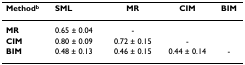
<table><thead><tr><td><b>Method<sup>b</sup></b></td><td><b>SML</b></td><td><b>MR</b></td><td><b>CIM</b></td><td><b>BIM</b></td></tr></thead><tbody><tr><td><b>MR</b></td><td>0.65 ± 0.04</td><td>-</td><td></td><td></td></tr><tr><td><b>CIM</b></td><td>0.80 ± 0.09</td><td>0.72 ± 0.15</td><td>-</td><td></td></tr><tr><td><b>BIM</b></td><td>0.48 ± 0.13</td><td>0.46 ± 0.15</td><td>0.44 ± 0.14</td><td>-</td></tr></tbody></table>